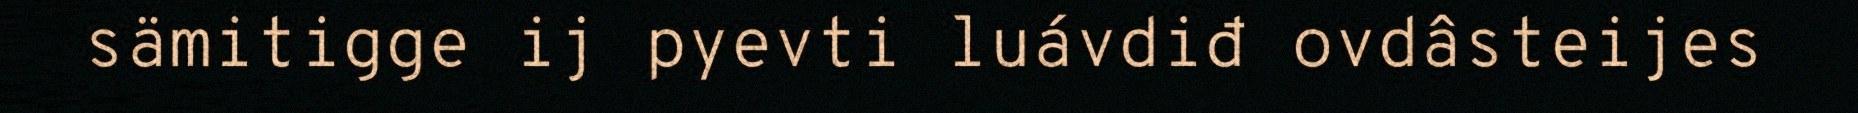
sämitigge ij pyevti luávdiđ ovdâsteijes